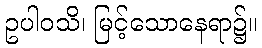
ဥပါဝသိ၊ မြင့်သောနေရာ၌။